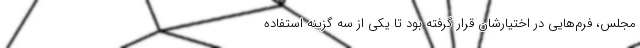
مجلس، فرم‌هایی در اختیارشان قرار گرفته بود تا یکی از سه گزینه استفاده